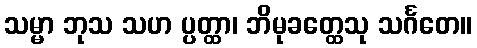
သမ္မာ ဘုသ သဟ ပ္ပတ္ထာ၊ ဘိမုခတ္ထေသု သင်္ဂတေ။